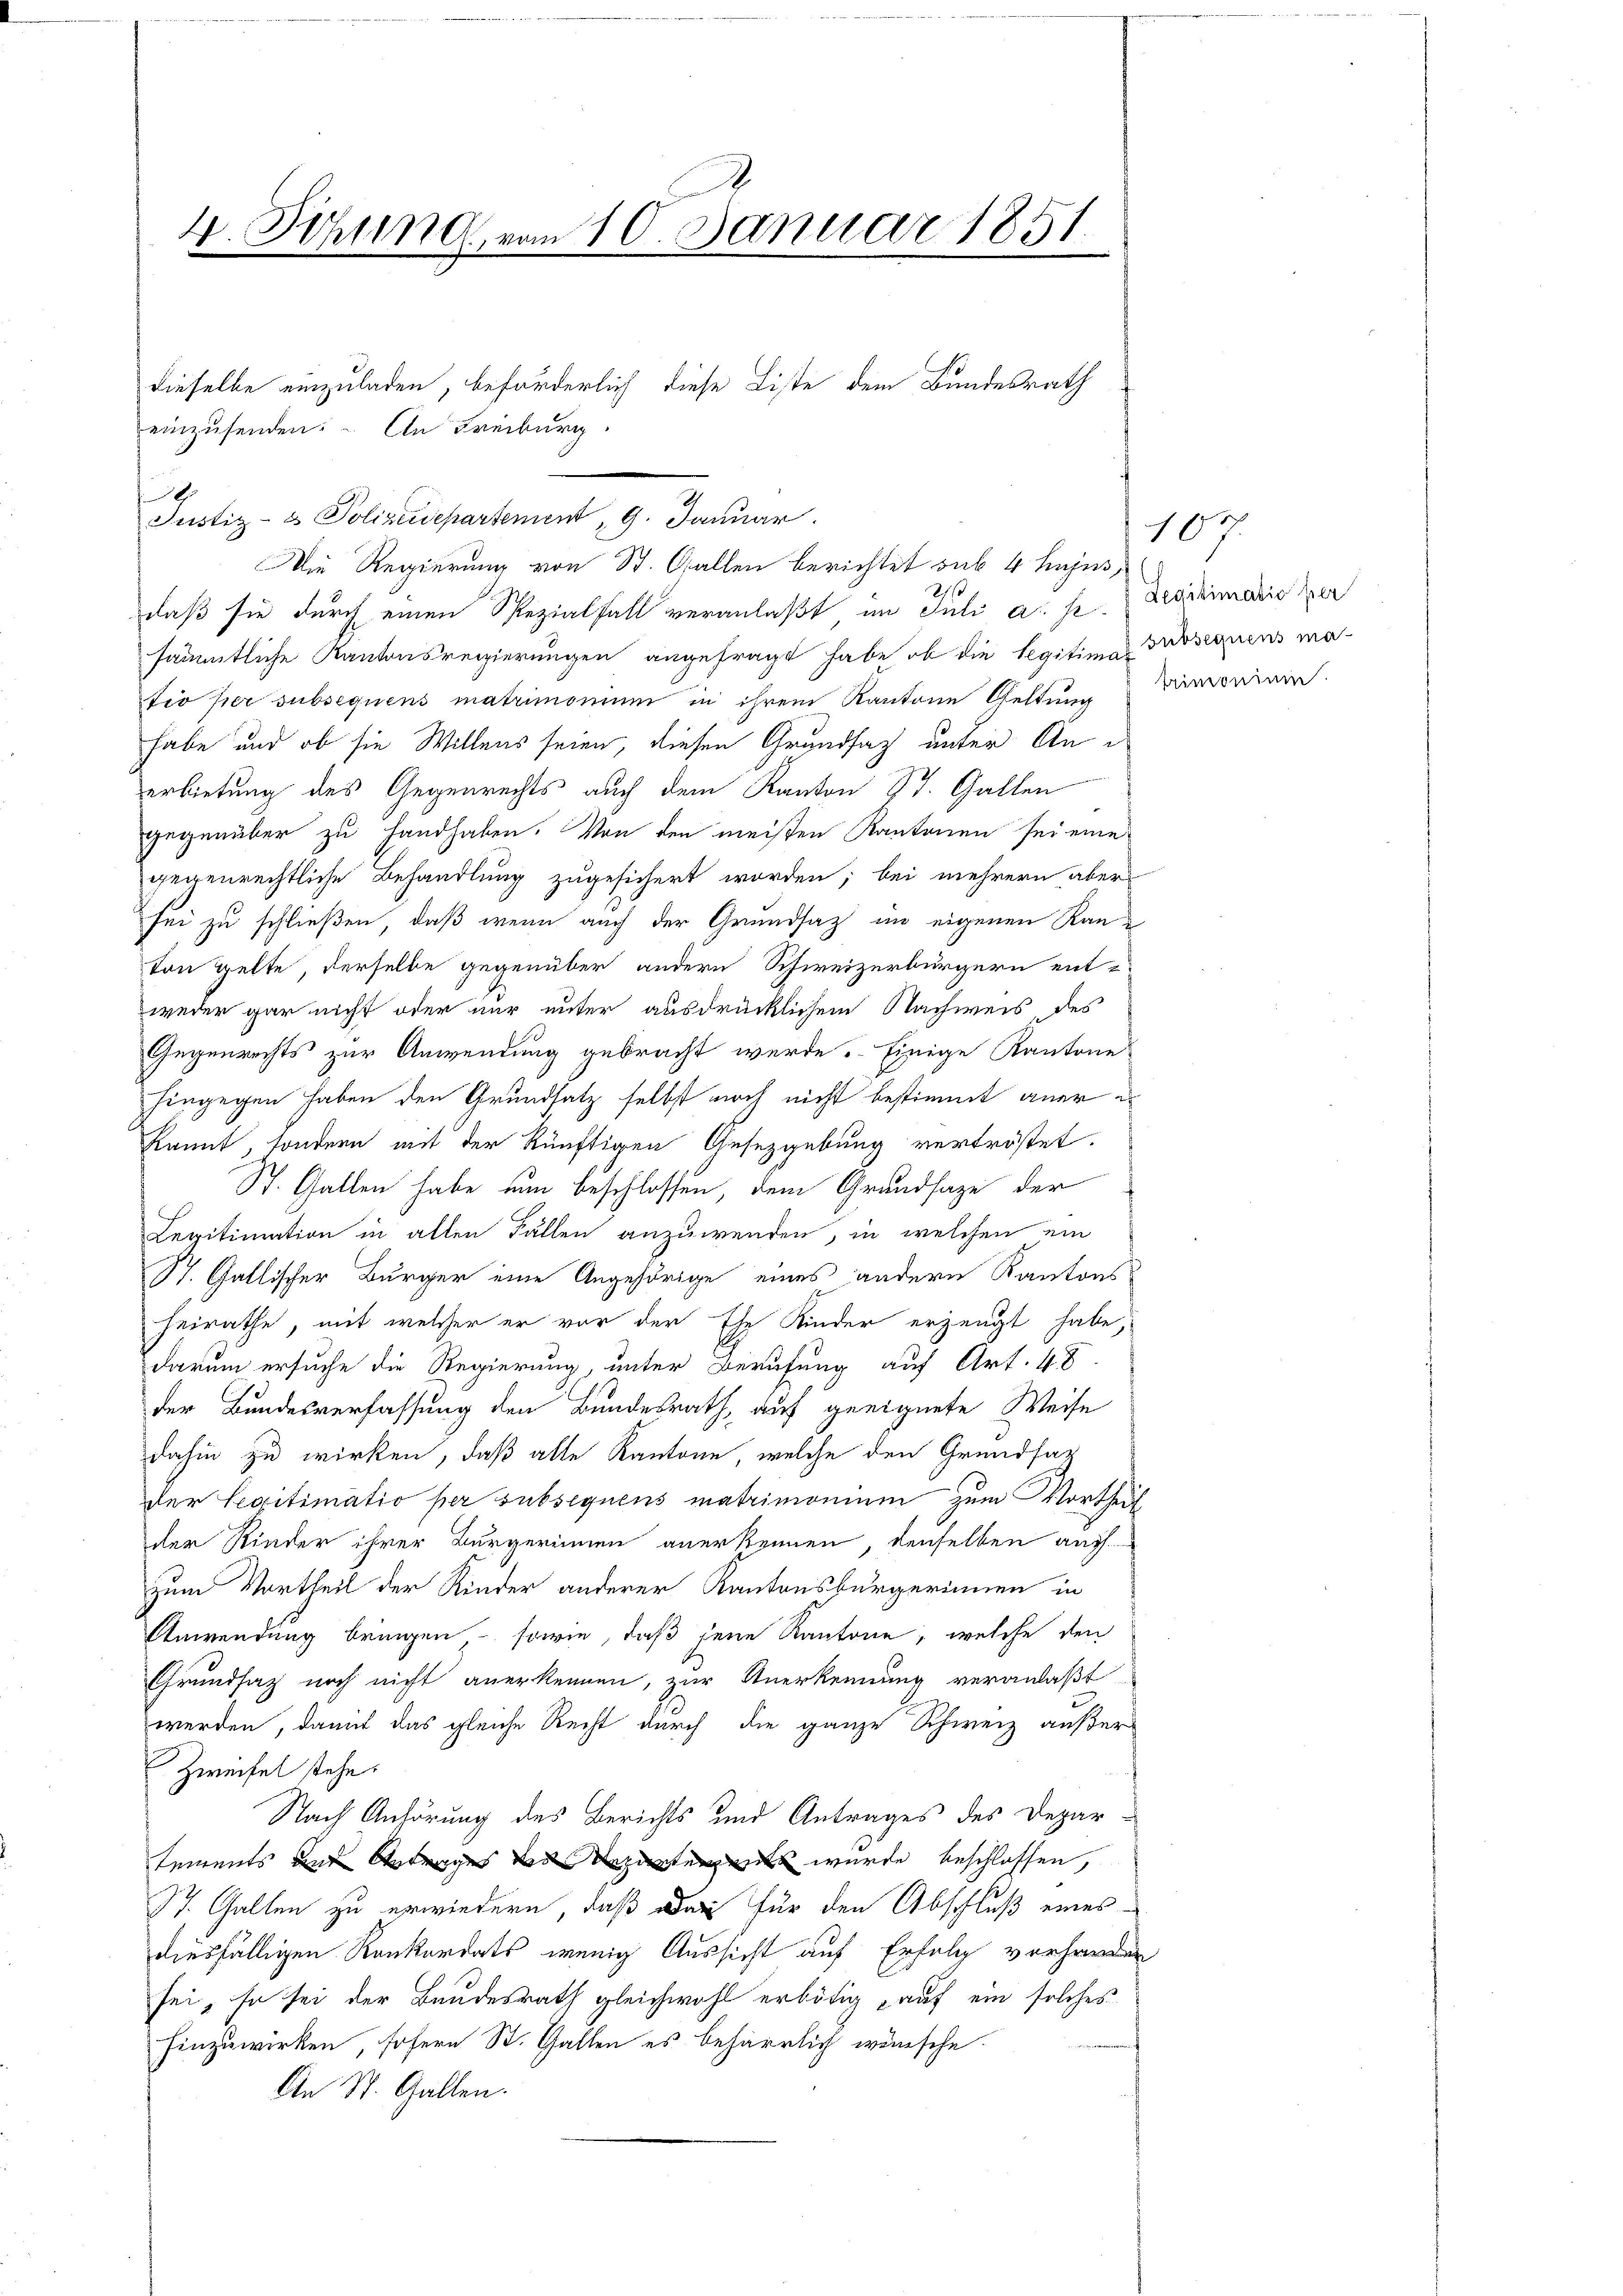
V. Sitzung vom 10. Januar 1851.
dieselbe einzuladen, beförderlich diese Liste dem Bundesrath
einzusenden. An Freiburg.

2
daß sie durch einen Spezialfall veranlaßt im Juli a. s. Beschimario per
sämmtliche Kantonsregierungen angefragt habe, ob die legitimes Subsequens matio per subsequens matrimonium in ihrem Kantone Geltung Minorium.
habe und ob sie Willens seien, diesen Grundsaz unter Anerbietung des Gegenrechts auch dem Kanton St. Gallen
gegenüber zu handhaben. Von den meisten Kantonen sei eine
gegenrechtliche Behandlung zugesichert worden; bei mehrern aber
sei zu schließen, daß wenn auch der Grundsaz im eigenen Kanton gelte, derselbe gegenüber andern Schweizerbürgern ent-
weder gar nicht oder nur unter ausdrücklichem Nachweis, des
Gegenrechts zur Anwendung gebracht werde. Einige Kantone
hingegen haben den Grundsatz selbst noch nicht bestimmt aner e
kannt, sondern mit der künftigen Gesetzgebung vertröstet.
St. Gallen habe nun beschlossen, dem Grundsaze der
Legitimation in alten Fällen anzuwenden, in welchen ein
St. Gallischer Bürger eine Angehörige eines andern Kantons
heirathe, mit welcher er vor der Ehe Kinder erzeugt habe,
darum ersuche die Regierung, unter Berufung auf Art. 48
der Bundesverfassung den Bundesrath, auf geeignete Weise
dahin zu wirken, daß alle Kantone, welche den Grundsatz
der Legitimatio per subsequens matrimonium zum Vortheilt
der Rieder ihrer Bürgerinnen anerkennen, denselben auch
zum Vortheil der Kinder anderer Kantonsbürgerinnen in
Anwendung bringen, sowie, daß jene Kantone, welche den
Grundsatz noch nicht anerkennen, zur Anerkennung veranlaßt
werden, damit das gleiche Recht durch die ganze Schweiz außer
Zweifel stehe.
Nach Anhörung des Berichts und Antrages des Departements und Antrages der Departen wurde beschlossen,
77. Gallen zu erwiedern, daß das für den Abschluß eines
diesfälligen Konkordats wenig Aussicht auf Erfolg vorhanden
sei, so sei der Bundesrath gleichwohl erbötig auf ein solches
hinzuwirken, sofern St. Gallen es beharrlich wünsche.
An St. Gallen.

6

Justiz- & Polizeidepartement, 9. Januar
Die Regierung von St. Gallen berichtet sub 4 hujus,

10